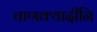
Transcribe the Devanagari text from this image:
चाणक्यादीनि